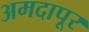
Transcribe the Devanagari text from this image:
अमदापूर